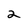
Character: 2